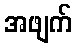
အဖျက်